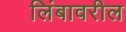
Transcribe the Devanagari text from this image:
लिंबावरील